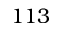
1 1 3